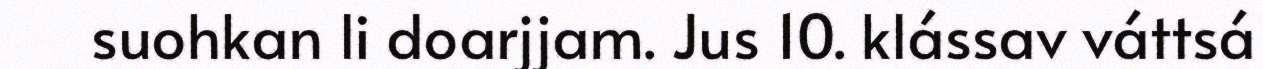
suohkan li doarjjam. Jus 10. klássav váttsá